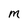
Character: M